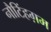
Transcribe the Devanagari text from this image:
नौटिंहग़म